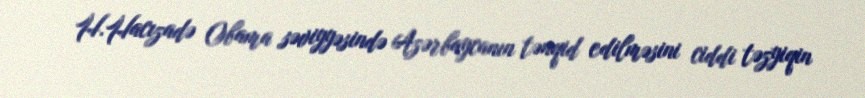
H.Hacızadə Obama səviyyəsində Azərbaycanın tənqid edilməsini ciddi təzyiqin